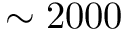
\sim 2 0 0 0